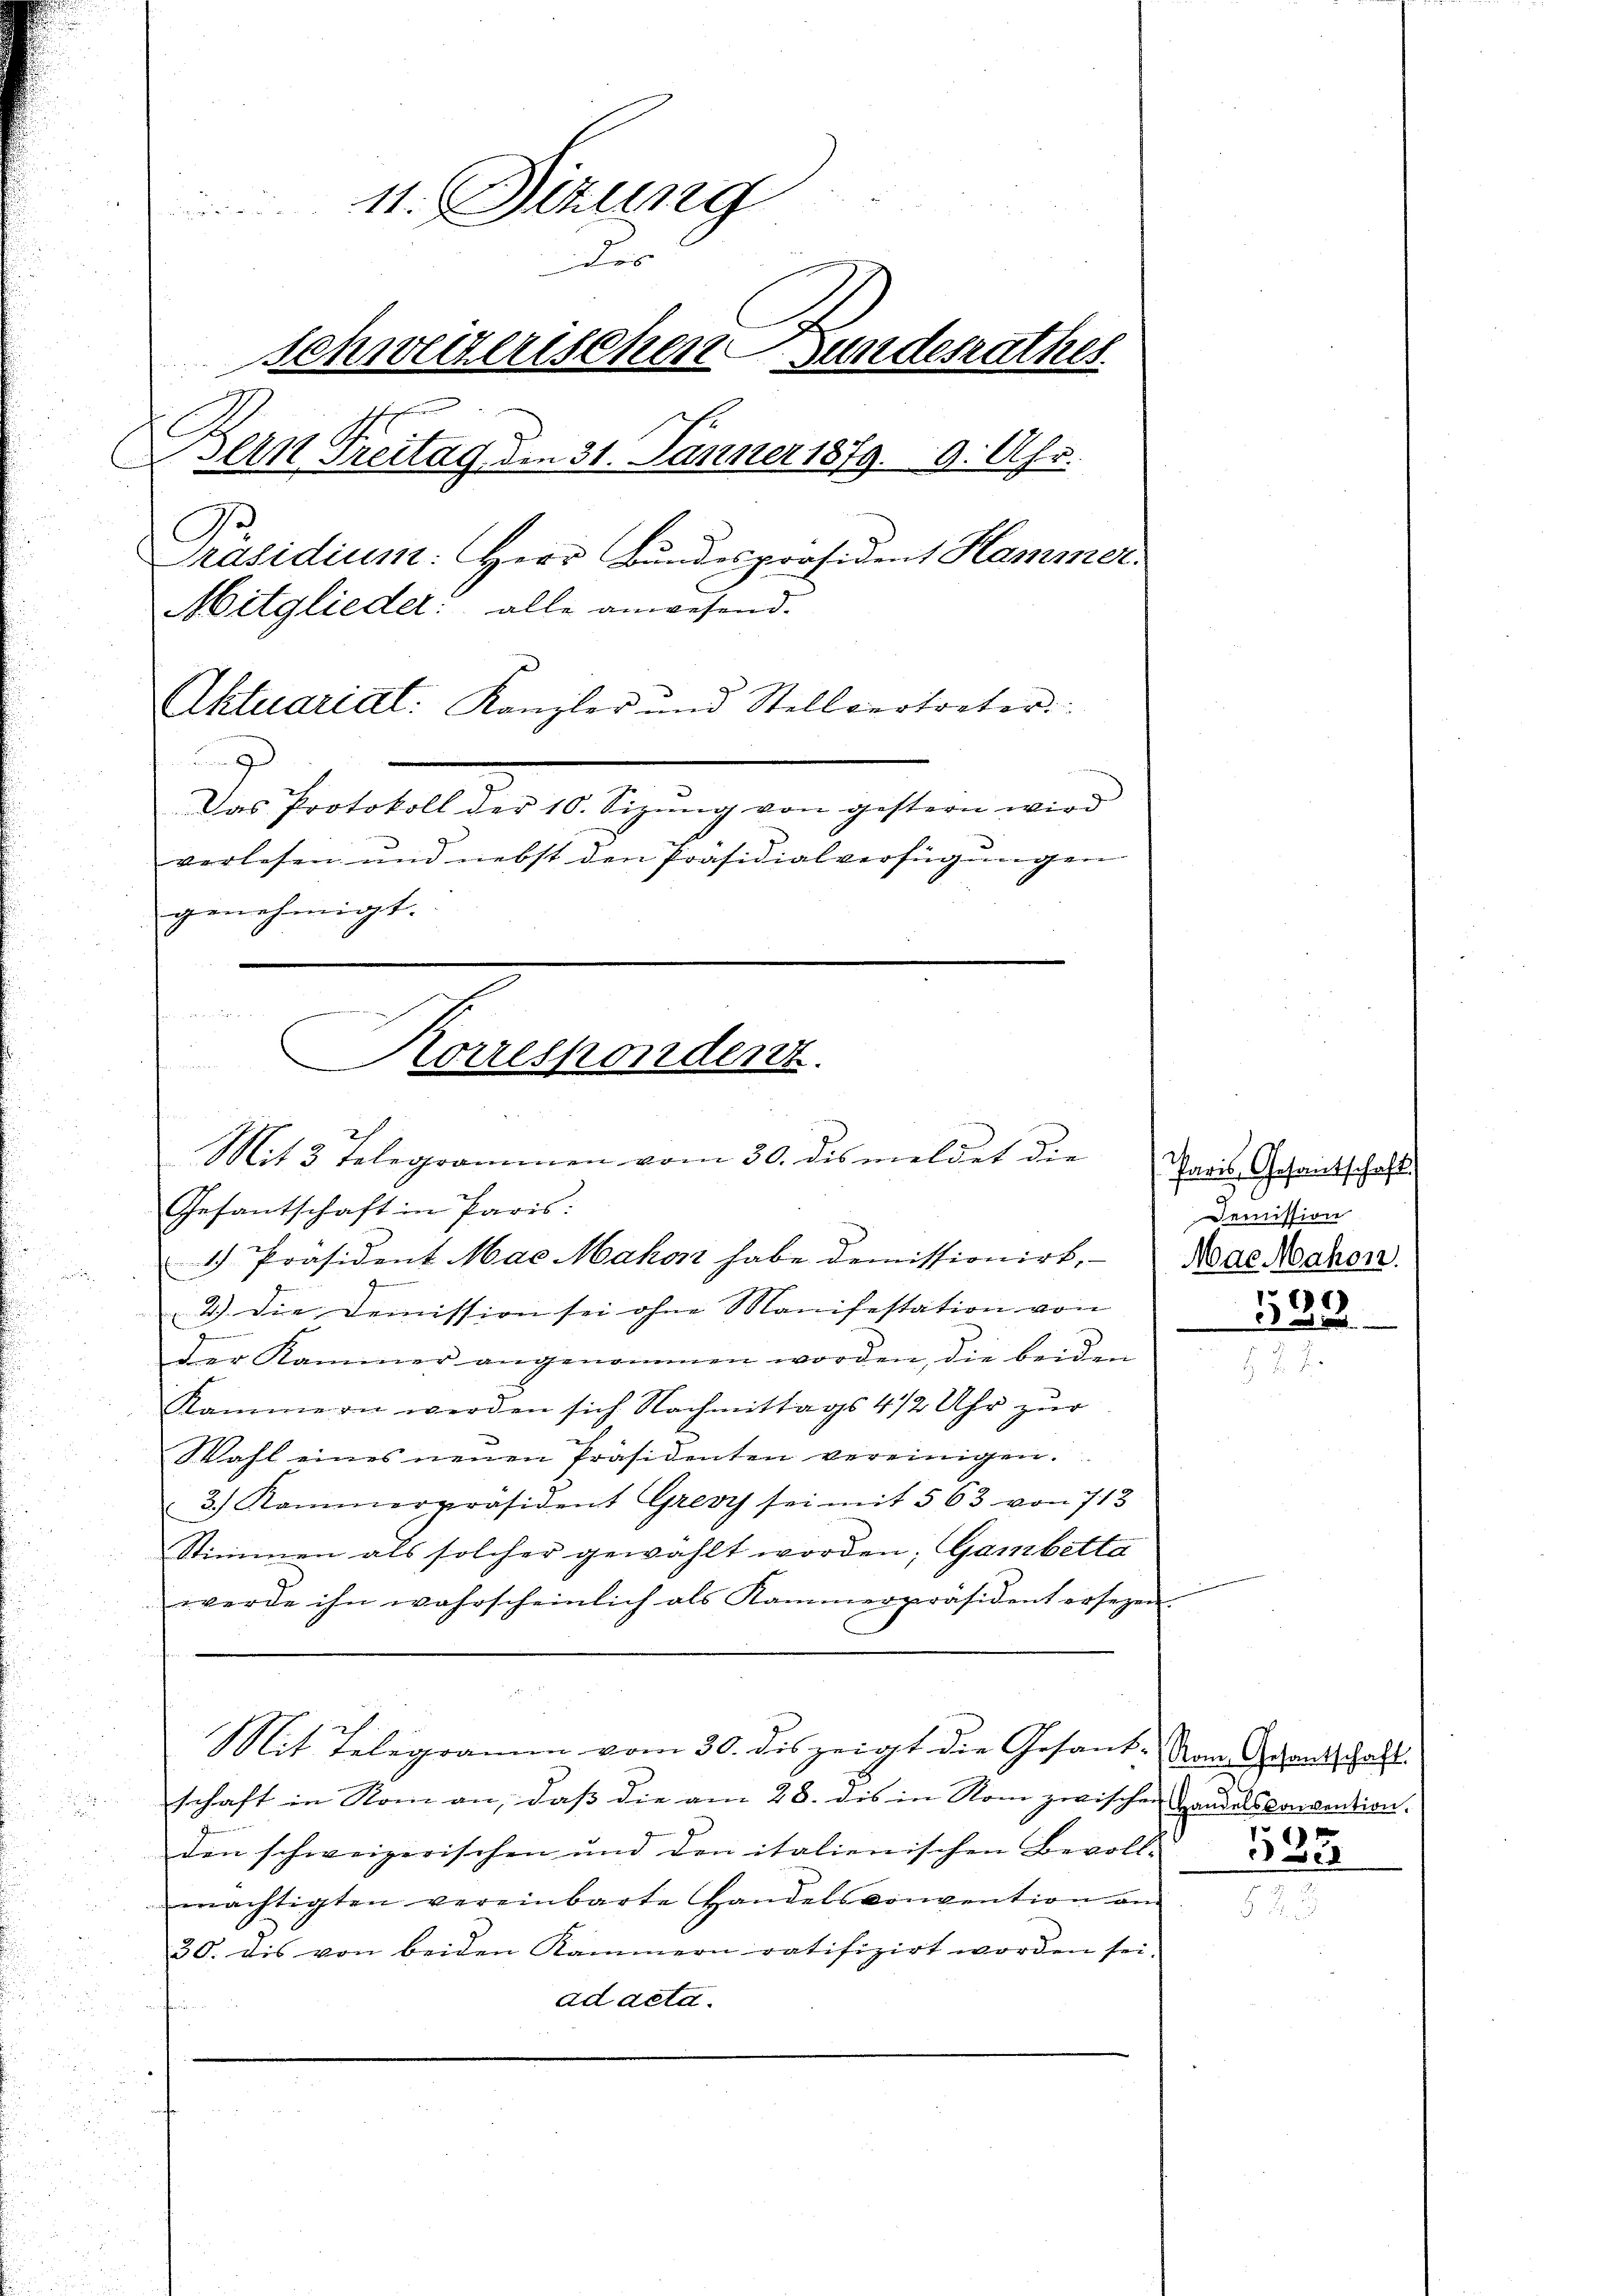
E
C

e

11. Sitzung
des
schweizerischen Gundesrathes
Bern Freitag den 31. Jänner 1879. 9. Uhr.
Präsidium: Herr Bŭndespräsident Hammer.
Mitglieder: alle anwesend.
Aktuariat: Kanzler und Stellvertreter
u
Das Protokoll der 10. Sizung von gestern wird
verlesen und nebst den Präsidialverfügungen
genehmigt.

Korrespondent.
e
Ich
Mit 3 telegrammen vom 30. des meldet die Paris Gesandtschaft
Gesantschaft in Paris:

1. Präsident Mae Makon habe demissionirt. Nachschon.
e
2.) Die Demission sei ohne Manifestation von
)
Der Kammer angenommen worden, die beiden
Kammern werden sich Nachmittags 4 1/2 Uhr zur
Wahl eines neuen Präsidenten vereinigen.
3.) Kammerpräsident Gresy sei mit 563 von 713
Stimmen als solcher gewählt worden; Gambetta
werde ihn wahrscheinlich als Kammerpräsident ersezen.
Mit Telegramen vom 30. des zeigt die Gesank-Vom Adantschaft
5
schaft in Nom an, daβ die am 28. dis in Nom zwischen Handelsconvention.
den schweizerischen und den italienischen Bevoll-
mächtigten vereinbarte Handelskonvention am
30. die von beiden Kammern ratifizirt worden sei.
ad acta.

Demission
61)

335